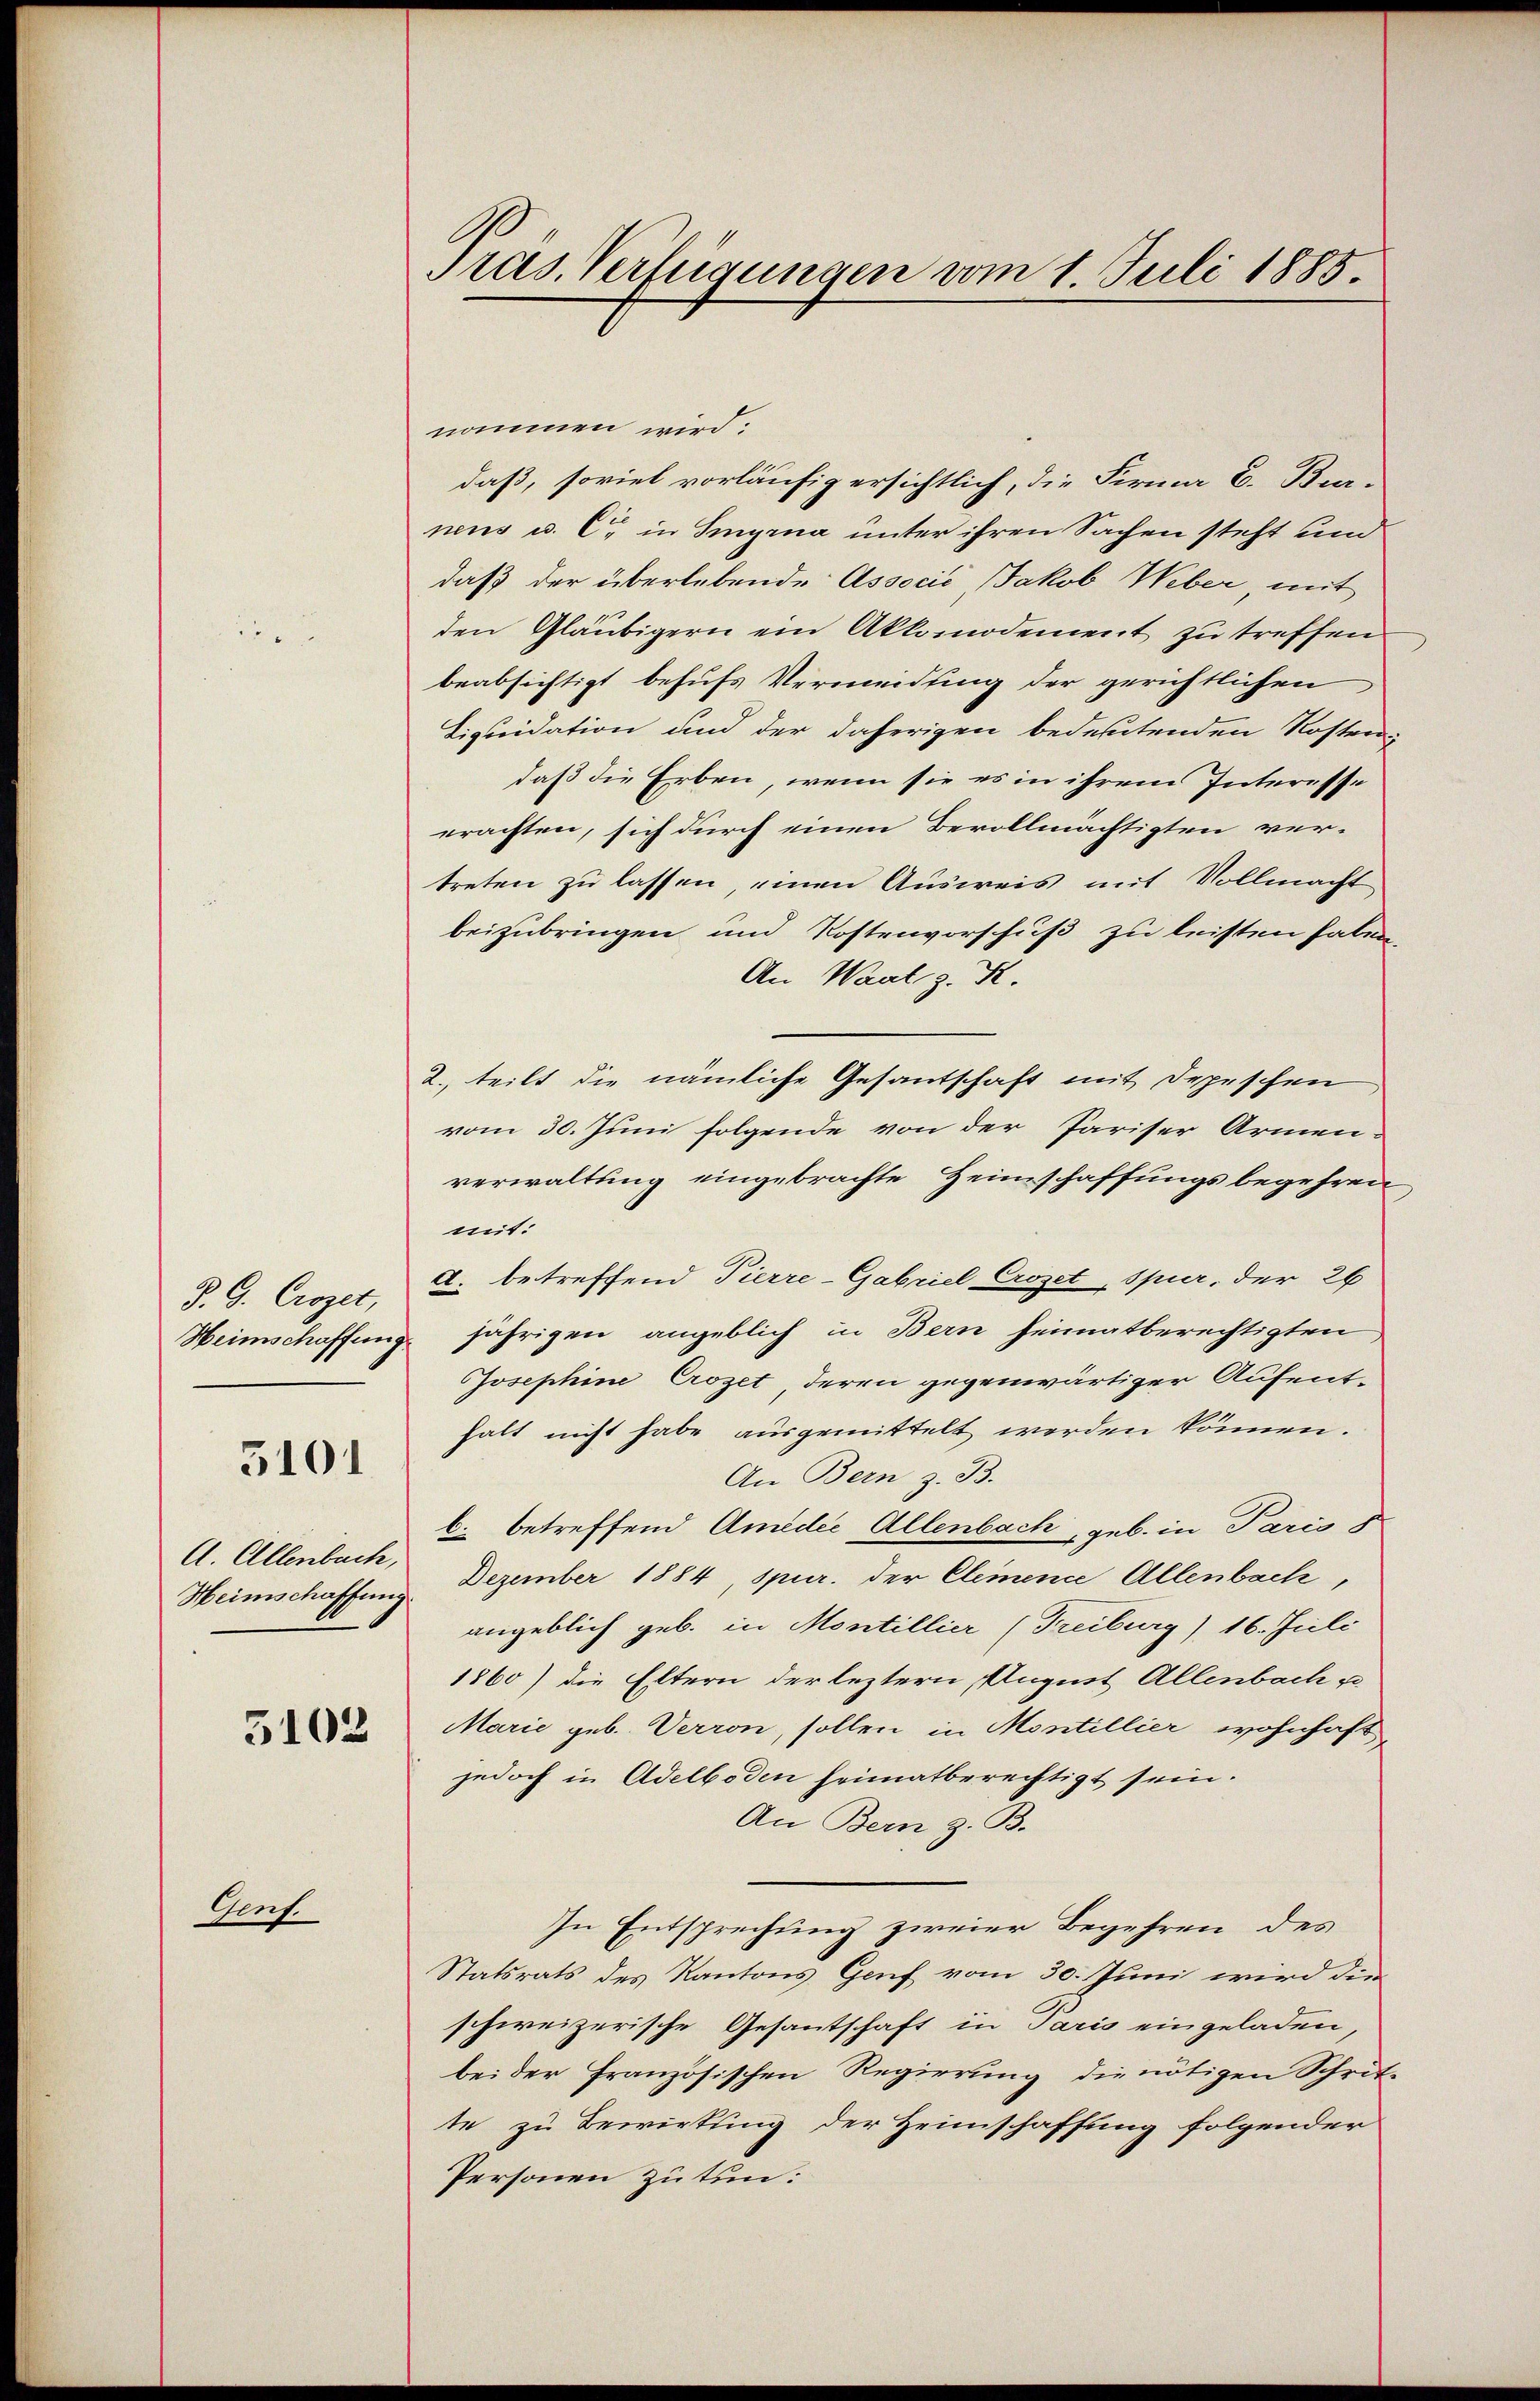
J. G. Croget,

5101

A. Allenbach,
Heimschaffung.

Genf.

5102

Pras. Verfügungen vom 1. Juli 1885.

nommen wird:
daß, soviel vorläufig ersichtlich, die Firma C. Bur-
neus u. C. in Sinyrna unter ihren Sachen steht und
daß der überlebende Associć, Jakob Weber, mit
den Gläubigern ein Akkomodement zu treffen
beabsichtigt behufs Vermeidung der gerichtlichen
Liquidation und der daherigen bedeutenden Rostein
daß die Erben, wenn sie es in ihrem Interesse
erachten, sich durch einen Bevollmächtigten ver-
treten zu lassen, einen Ausweis mit Vollmacht
beizubringen und Kostenvorschuß zu leisten haben,
An Waat z. K.
2. teilt die nämliche Gesantschaft mit Depeschen
vom 30. Juni folgende von der Pariser Armen-
verwaltung eingebrachte Zeinschaffungsbegehren
mit:
d. betreffend Pierre-Gabriel Crozet, Spier, der 26
Heimschaffung jährigen angeblich in Bern heimatberechtigten
Josephine Crozet, deren gegenwärtiger Aufent-
halt nicht habe ausgemittelt werden können.
An Bern z. B.
b. betreffend Amedie Allenbach, geb. in Paris 8
Dezember 1884, spur. der Clemence Allenbach,
angeblich geb. in Montillier (Freiburg) 16. Juli
1860) die Eltern der leztern, August Allenbach z
Marie geb. Verron, sollen in Montillier wohnhaft
jedoch in Adelboden heimatberechtigt sein.
An Bern z. B.
In Entsprechung zweier Begehren des
Statsrats des Kantons Genf vom 30. Juni wird den
schweizerische Gesantschaft in Paris eingeladen,
bei der französischen Regierung, die nötigen Schrit-
te zu Bewirkung der Heimschaffung folgender
Personen zu tun: